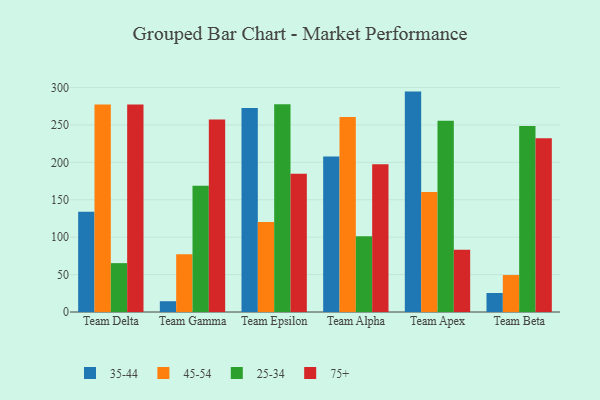
{"axis": {"x": "Team", "y": "Inventory Turnover"}, "legend": ["25-34", "35-44", "45-54", "75+"], "data": [{"x": "Team Delta", "y": 134.0, "type": "35-44"}, {"x": "Team Delta", "y": 277.4, "type": "45-54"}, {"x": "Team Delta", "y": 65.3, "type": "25-34"}, {"x": "Team Delta", "y": 277.2, "type": "75+"}, {"x": "Team Gamma", "y": 14.4, "type": "35-44"}, {"x": "Team Gamma", "y": 77.1, "type": "45-54"}, {"x": "Team Gamma", "y": 168.7, "type": "25-34"}, {"x": "Team Gamma", "y": 257.1, "type": "75+"}, {"x": "Team Epsilon", "y": 272.7, "type": "35-44"}, {"x": "Team Epsilon", "y": 120.1, "type": "45-54"}, {"x": "Team Epsilon", "y": 277.7, "type": "25-34"}, {"x": "Team Epsilon", "y": 184.6, "type": "75+"}, {"x": "Team Alpha", "y": 207.7, "type": "35-44"}, {"x": "Team Alpha", "y": 260.4, "type": "45-54"}, {"x": "Team Alpha", "y": 101.1, "type": "25-34"}, {"x": "Team Alpha", "y": 197.3, "type": "75+"}, {"x": "Team Apex", "y": 294.5, "type": "35-44"}, {"x": "Team Apex", "y": 160.5, "type": "45-54"}, {"x": "Team Apex", "y": 255.6, "type": "25-34"}, {"x": "Team Apex", "y": 83.3, "type": "75+"}, {"x": "Team Beta", "y": 25.4, "type": "35-44"}, {"x": "Team Beta", "y": 49.4, "type": "45-54"}, {"x": "Team Beta", "y": 248.6, "type": "25-34"}, {"x": "Team Beta", "y": 232.3, "type": "75+"}]}